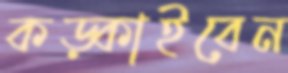
কড়্‌কাইবেন